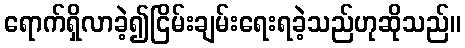
ရောက်ရှိလာခဲ့၍ငြိမ်းချမ်းရေးရခဲ့သည်ဟုဆိုသည်။